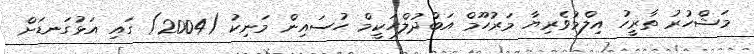
މަޝްހުރު ތާރީހު އިލްމުވެރިޔާ މަރުހޫމް އަބްދުލްހަކީމް ހުސައިން މަނިކު (2004) ގައި އަޅުގަނޑަށް